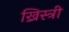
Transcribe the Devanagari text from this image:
ख्रिस्त्री